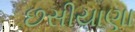
છસીયાણા